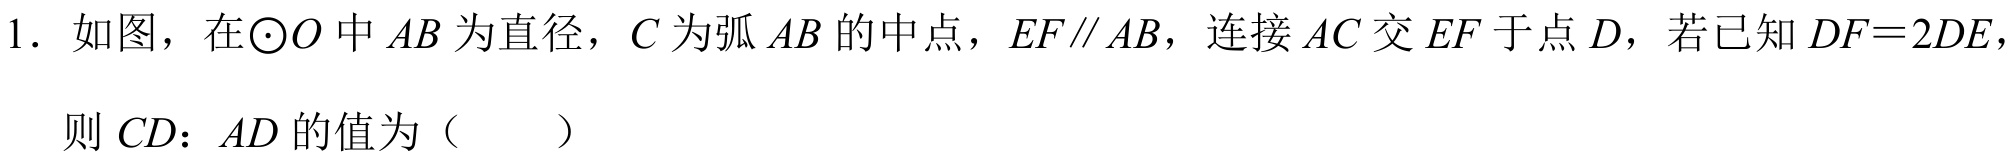
1. 如图，在\(\odot O\)中\(AB\)为直径，\(C\)为弧\(AB\)的中点，\(EF\parallel AB\)，连接\(AC\)交\(EF\)于点\(D\)，若已知\(DF = 2DE\)，
则\(CD\colon AD\)的值为（  ）